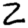
Digit: 2